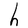
Character: h